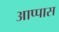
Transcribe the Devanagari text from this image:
आप्पास